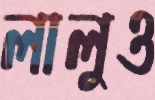
লালুও